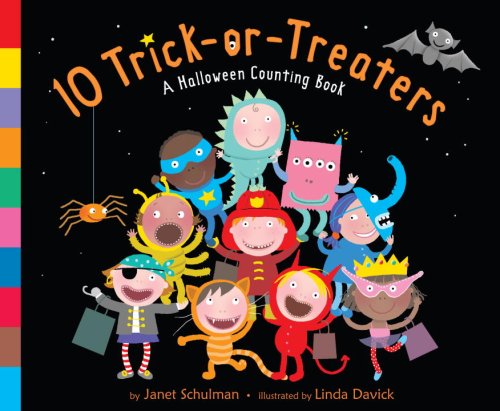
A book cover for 10 Trick-or-Treaters; Janet Schulman; Children's Books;